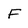
Character: F